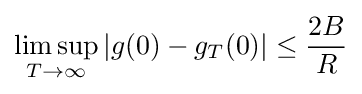
\limsup _{T\to \infty }|g(0)-g_{T}(0)|\leq {\frac {2B}{R}}